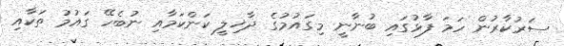
ސަރުކާރުން ހަމަ ފާޅުގައި ބުނާނީ މިގައުމުގެ ދާޚިލީ ކަންކަމާއި ނުބެހޭ ގައުމު ތަކާއި